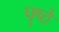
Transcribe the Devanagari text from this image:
पॄष्ठे